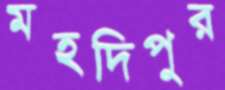
মহদিপুর